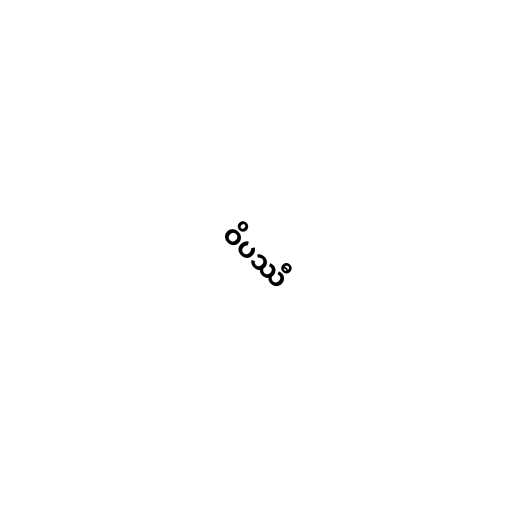
ဝိပဿီ